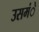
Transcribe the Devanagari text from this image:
उसमंे